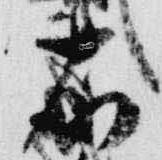
右